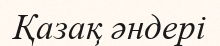
Қазақ әндері